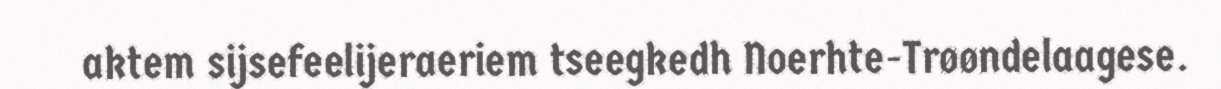
aktem sijsefeelijeraeriem tseegkedh Noerhte-Trøøndelaagese.